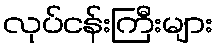
လုပ်ငန်းကြီးများ